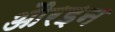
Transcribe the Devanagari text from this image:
औरइन